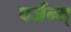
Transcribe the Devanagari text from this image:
पर्जन्य्